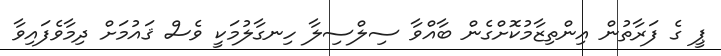
ޕީ ގެ ފަރާތުން އިންތިޒާމުކޮށްގެން ބާއްވާ ސިލްސިލާ ހިނގާލުމަކީ ވެސް ޤައުމަށް ދިމާވެފައިވާ